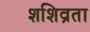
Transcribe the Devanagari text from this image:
शशिव्रता